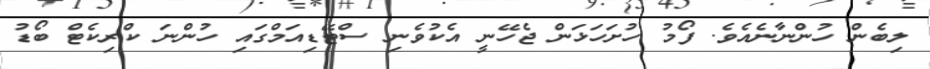
ލިބެން ހުންނާނެއެވެ. ފޯމު ހުށަހަޅަން ޖެހޭނީ އެކުވެނި ސްޓޭޑިއަމްގައި ހުންނަ ކްރިކެޓް ބޯޑު